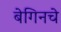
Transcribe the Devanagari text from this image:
बेगिनचे